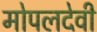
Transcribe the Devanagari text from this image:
मोपलदेवी